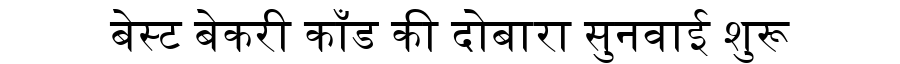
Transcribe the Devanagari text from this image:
बेस्ट बेकरी काँड की दोबारा सुनवाई शुरू